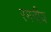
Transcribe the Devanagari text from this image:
रमनीय